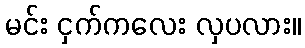
မင်း ငှက်ကလေး လှပလား။